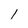
Character: 1